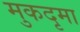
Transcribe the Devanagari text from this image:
मुकदृमा